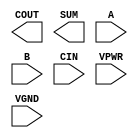
/**
 * Copyright 2020 The SkyWater PDK Authors
 *
 * Licensed under the Apache License, Version 2.0 (the "License");
 * you may not use this file except in compliance with the License.
 * You may obtain a copy of the License at
 *
 *     https://www.apache.org/licenses/LICENSE-2.0
 *
 * Unless required by applicable law or agreed to in writing, software
 * distributed under the License is distributed on an "AS IS" BASIS,
 * WITHOUT WARRANTIES OR CONDITIONS OF ANY KIND, either express or implied.
 * See the License for the specific language governing permissions and
 * limitations under the License.
 *
 * SPDX-License-Identifier: Apache-2.0
 */

`ifndef SKY130_FD_SC_HS__FA_PP_BLACKBOX_V
`define SKY130_FD_SC_HS__FA_PP_BLACKBOX_V

/**
 * fa: Full adder.
 *
 * Verilog stub definition (black box with power pins).
 *
 * WARNING: This file is autogenerated, do not modify directly!
 */

`timescale 1ns / 1ps
`default_nettype none

(* blackbox *)
module sky130_fd_sc_hs__fa (
    COUT,
    SUM ,
    A   ,
    B   ,
    CIN ,
    VPWR,
    VGND
);

    output COUT;
    output SUM ;
    input  A   ;
    input  B   ;
    input  CIN ;
    input  VPWR;
    input  VGND;
endmodule

`default_nettype wire
`endif  // SKY130_FD_SC_HS__FA_PP_BLACKBOX_V